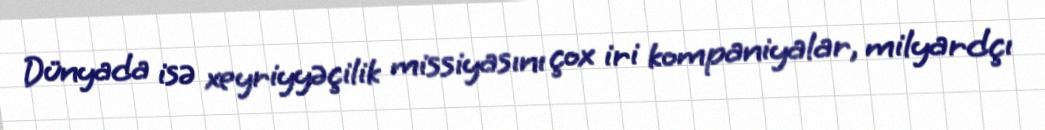
Dünyada isə xeyriyyəçilik missiyasını çox iri kompaniyalar, milyardçı